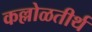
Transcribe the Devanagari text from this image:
कल्लोळतीर्थ